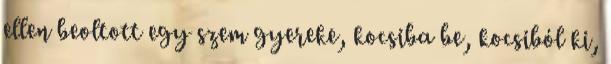
ellen beoltott egy szem gyereke, kocsiba be, kocsiból ki,